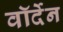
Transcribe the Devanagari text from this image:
वॉर्देन